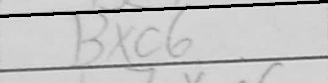
Transcription: Bxc6